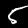
Label: 5